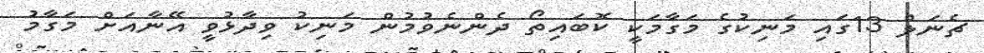
ޗެނަލް 13ގައި މަނިކުގެ މަގާމަކީ ކޮބައިތޯ ދެންނެވުމުން މަނިކު ވިދާޅުވީ އޭނާއަށް މަގާމު